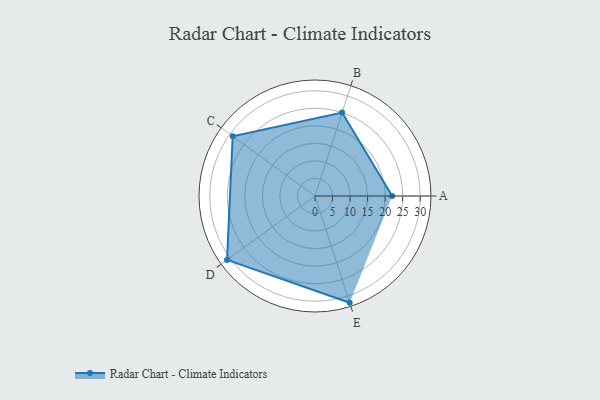
{"axis": {"x": "Skill", "y": "Score"}, "legend": ["Profile"], "data": [{"x": "A", "y": 22.0, "type": "Profile"}, {"x": "B", "y": 25.0, "type": "Profile"}, {"x": "C", "y": 29.0, "type": "Profile"}, {"x": "D", "y": 31.0, "type": "Profile"}, {"x": "E", "y": 32.0, "type": "Profile"}]}